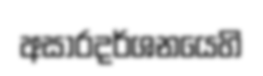
අසාරදර්ශනයෙහි